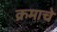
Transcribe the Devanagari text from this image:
क्रमाचे